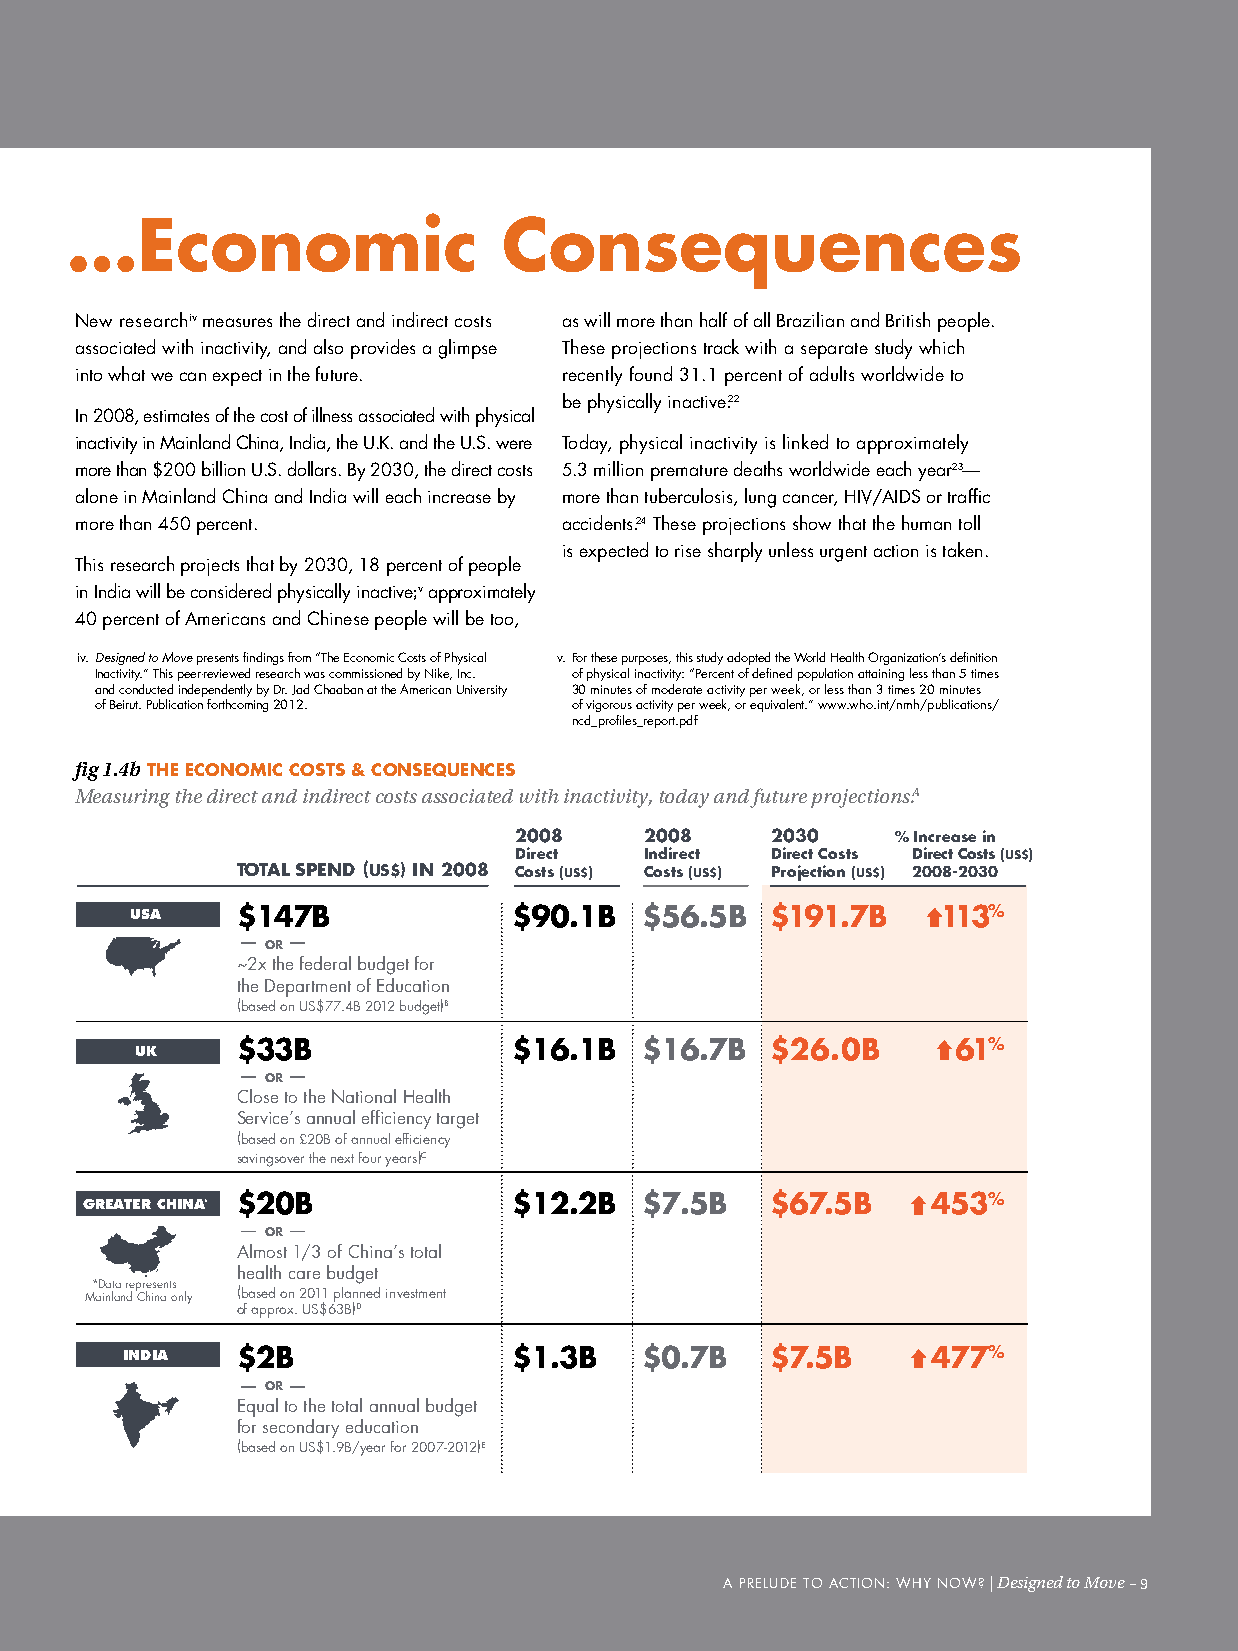
The human costs and… …Economic   consequences
 New researchiv measures the direct and indirect costs as will more than half of all Brazilian and British people.
 associated with inactivity, and also provides a glimpse These projections track with a separate study which
 into what we can expect in the future. recently found 31.1 percent of adults worldwide to
 be physically inactive.22
 In 2008, estimates of the cost of illness associated with physical
 inactivity in Mainland china, India, the u.K. and the u.S. were Today, physical inactivity is linked to approximately
 more than $200 billion u.S. dollars. By 2030, the direct costs 5.3 million premature deaths worldwide each year23—
 alone in Mainland china and India will each increase by more than tuberculosis, lung cancer, HIV/AIdS or traffic
 more than 450 percent.          accidents.24 These projections show that the human toll
 is expected to rise sharply unless urgent action is taken.
 This research projects that by 2030, 18 percent of people
 in India will be considered physically inactive;v approximately
 40 percent of Americans and chinese people will be too,
 iv. Designed to Move presents findings from “The Economic costs of Physical v. For these purposes, this study adopted the World Health Organization’s definition
 Inactivity.” This peer-reviewed research was commissioned by Nike, Inc. of physical inactivity: “Percent of defined population attaining less than 5 times
 and conducted independently by dr. Jad chaaban at the American university 30 minutes of moderate activity per week, or less than 3 times 20 minutes
 of Beirut. Publication forthcoming 2012. of vigorous activity per week, or equivalent.” www.who.int/nmh/publications/
 ncd_profiles_report.pdf
 fig 1.4b ThE EcONOMIc cOSTS & cONSEquENcES
 Measuring the direct and indirect costs associated with inactivity, today and future projections.A
 2008     2008    2030    % Increase in
 Direct   Indirect Direct Costs Direct Costs (US$)
 TOTAL SPEND (US$) IN 2008 Costs (US$) Costs (US$) Projection (US$) 2008-2030
 USA    $147B             $90.1B   $56.5B  $191.7B    113%
 OR
 ~2x the federal budget for
 the Department of Education
 (based on US$77.4B 2012 budget)B
 $33B              $16.1B   $16.7B  $26.0B      61%
 UK
 OR
 Close to the National Health
 Service’s annual efficiency target
 (based on £20B of annual efficiency
 savingsover the next four years)C
 GREATER CHINA* $20B          $12.2B   $7.5B   $67.5B     453%
 OR
 Almost 1/3 of China’s total
 health care budget
 *Data represents
 Mainland China only (based on 2011 planned investment
 of approx. US$63B)D
 INDIA   $2B               $1.3B    $0.7B   $7.5B      477%
 OR
 Equal to the total annual budget
 for secondary education
 (based on US$1.9B/year for 2007-2012)E
 A PRELudE TO AcTION: WHY NOW? | Designed to Move –9